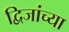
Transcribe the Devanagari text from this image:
द्विजांच्या